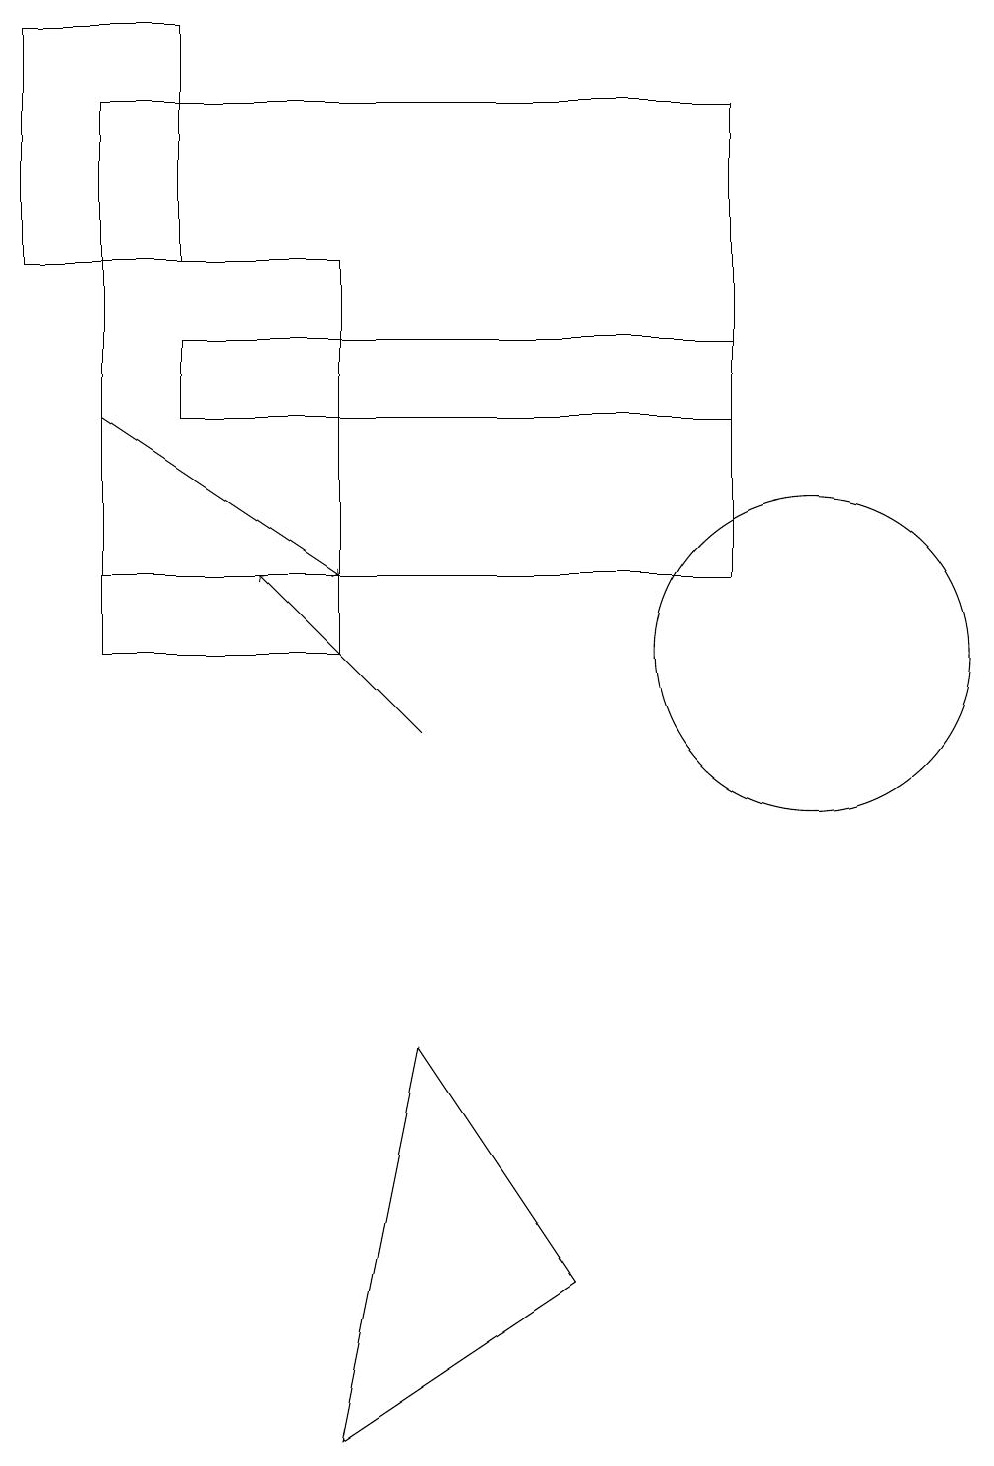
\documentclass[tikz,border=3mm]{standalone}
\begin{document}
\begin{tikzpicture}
\draw[->] (1,14) -- (4,12);
\draw (1,12) rectangle (9,18);
\draw (2,19) rectangle (0,16);
\draw (5,6) -- (4,1) -- (7,3) -- cycle;
\draw (10,11) circle (2);
\draw[->] (5,10) -- (3,12);
\draw (1,11) rectangle (4,16);
\draw (9,15) rectangle (2,14);
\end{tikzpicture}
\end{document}